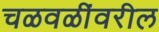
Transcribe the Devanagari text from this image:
चळवळींवरील